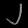
Digit: ၂